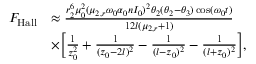
\begin{array} { r l } { F _ { \mathrm { H a l l } } } & { \approx \frac { r _ { 2 } ^ { 6 } \mu _ { 0 } ^ { 2 } ( \mu _ { 2 , r } \omega _ { 0 } \alpha _ { 0 } n I _ { 0 } ) ^ { 2 } \theta _ { 2 } ( \theta _ { 2 } - \theta _ { 3 } ) \cos ( \omega _ { 0 } t ) } { 1 2 l ( \mu _ { 2 , r } + 1 ) } } \\ & { \times \Big [ \frac { 1 } { z _ { 0 } ^ { 2 } } + \frac { 1 } { ( z _ { 0 } - 2 l ) ^ { 2 } } - \frac { 1 } { ( l - z _ { 0 } ) ^ { 2 } } - \frac { 1 } { ( l + z _ { 0 } ) ^ { 2 } } \Big ] , } \end{array}